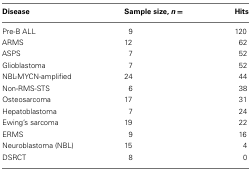
| Disease | Sample size, n = | Hits |
 | --- | --- | --- |
 | Pre-B ALL | 9 | 120 |
 | ARMS | 12 | 62 |
 | ASPS | 7 | 52 |
 | Glioblastoma | 7 | 52 |
 | NBL-MYCN-amplified | 24 | 44 |
 | Non-RMS-STS | 6 | 38 |
 | Osteosarcoma | 17 | 31 |
 | Hepatoblastoma | 7 | 24 |
 | Ewing’s sarcoma | 19 | 22 |
 | ERMS | 9 | 16 |
 | Neuroblastoma (NBL) | 15 | 4 |
 | DSRCT | 8 | 0 |